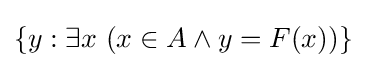
\left\{y:\exists x\,\left(x\in A\wedge y=F\!\left(x\right)\right)\right\}